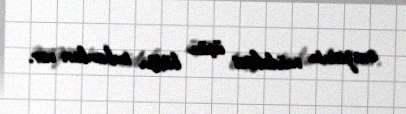
ərazisinin müdafiəsi üçün bütün imkanları var.